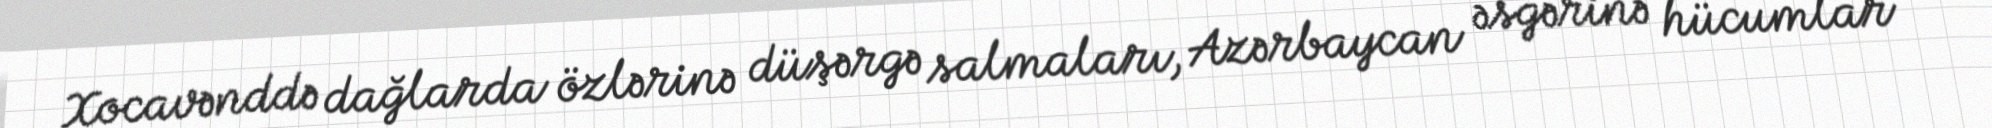
Xocavənddə dağlarda özlərinə düşərgə salmaları, Azərbaycan əsgərinə hücumlar